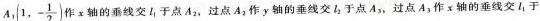
A_{1} (1,- \frac{1}{2}) 作x轴的垂线交I_{1}于点A_{2}，过点A_{2}作y轴的垂线交l_{2}于点A_{3}，过点A_{3}作x轴的垂线交l_{1}于